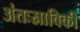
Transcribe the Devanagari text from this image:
अंतःस्राविकी